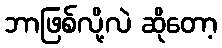
ဘာဖြစ်လို့လဲ ဆိုတော့